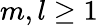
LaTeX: m,l\geq 1